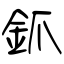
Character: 釽